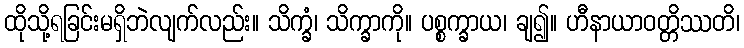
ထိုသို့ရခြင်းမရှိဘဲလျက်လည်း။ သိက္ခံ၊ သိက္ခာကို။ ပစ္စက္ခာယ၊ ချ၍။ ဟီနာယာဝတ္တိဿတိ၊